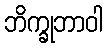
ဘိက္ခုဘာဝါ